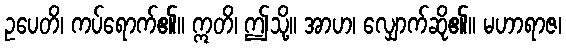
ဥပေတိ၊ ကပ်ရောက်၏။ ဣတိ၊ ဤသို့။ အာဟ၊ လျှောက်ဆို၏။ မဟာရာဇ၊